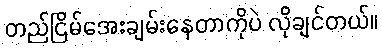
တည်ငြိမ်အေးချမ်းနေတာကိုပဲ လိုချင်တယ်။